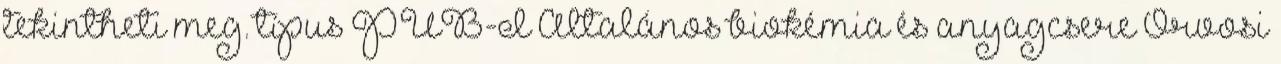
tekintheti meg. típus PUB-I Általános biokémia és anyagcsere Orvosi